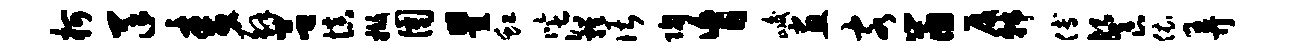
柯羊麦解吕慎撤圉瞿虹以汰鸡谌陶肓峻画客鼠厦韩傅餐依弄